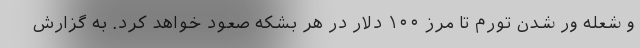
و شعله ور شدن تورم تا مرز ۱۰۰ دلار در هر بشکه صعود خواهد کرد. به گزارش